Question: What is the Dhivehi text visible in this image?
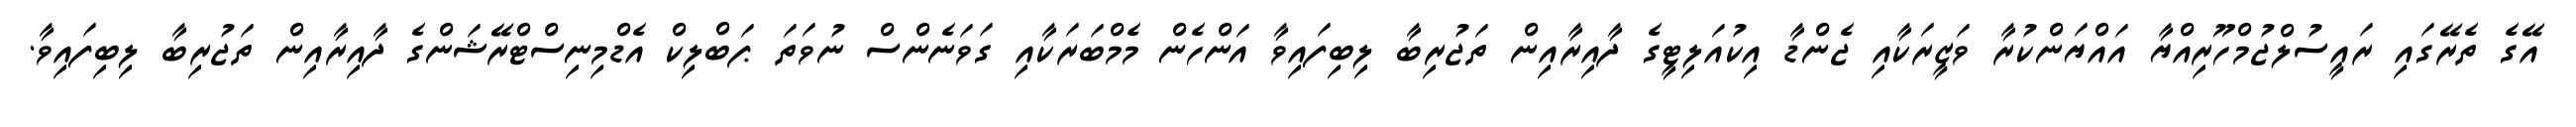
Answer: އޭގެ ތެރޭގައި ރައީސުލްޖުމްހޫރިއްޔާ އައްޔަންކުރާ ވަޒީރަކާއި ޖެންޑާ އިކުއަލިޓީގެ ދާއިރާއިން ތަޖުރިބާ ލިބިފައިވާ އަންހެން މެމްބަރަކާއި ގަވަނެންސް ނުވަތަ ޕަބްލިކް އެޑްމިނިސްޓްރޭޝަންގެ ދާއިރާއިން ތަޖުރިބާ ލިބިފައިވާ.